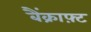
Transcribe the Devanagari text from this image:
बैंक्राफ़्ट